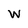
Character: W